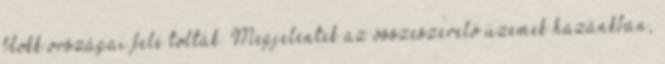
blokk országai felé tolták. Megjelentek az összeszerelő üzemek hazánkban,